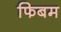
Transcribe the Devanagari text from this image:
फिबम